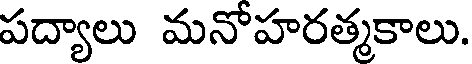
పద్యాలు మనోహరత్మకాలు.